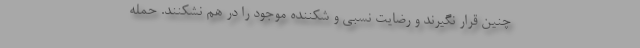
چنین قرار نگیرند و رضایت نسبی و شکننده موجود را در هم نشکنند. حمله